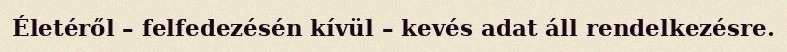
Életéről – felfedezésén kívül – kevés adat áll rendelkezésre.